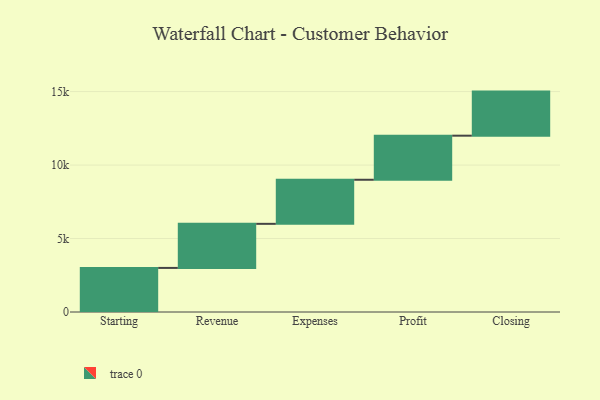
{"axis": {"x": "Step", "y": "Value"}, "legend": [""], "data": [{"x": "Starting", "y": 3000, "type": ""}, {"x": "Revenue", "y": 3000, "type": ""}, {"x": "Expenses", "y": 3000, "type": ""}, {"x": "Profit", "y": 3000, "type": ""}, {"x": "Closing", "y": 3000, "type": ""}]}